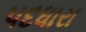
પદધારા